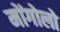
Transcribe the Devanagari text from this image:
मोंगोलो